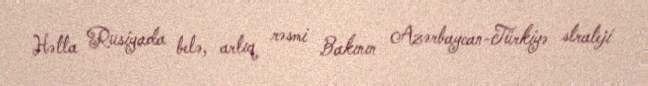
Hətta Rusiyada belə, artıq rəsmi Bakının Azərbaycan-Türkiyə strateji